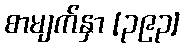
စာမျက်နှာ [၃၉၃]